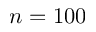
n = 1 0 0